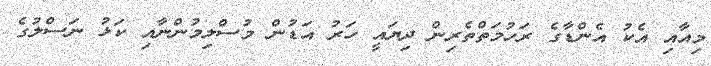
މިއާއި އެކު އެންޑާގެ ރަހުމަތްތެރިން ދިޔައީ ހަރު އަޑުން މުސްލިމުންނާއި ކަޅު ނަސްލުގެ